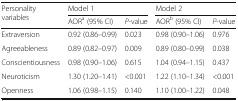
<table><thead><tr><td rowspan="2"><b>Personality variables</b></td><td colspan="2"><b>Model 1</b></td><td colspan="2"><b>Model 2</b></td></tr><tr><td><b>AOR<sup>a</sup> (95% CI)</b></td><td><b><i>P</i>-value</b></td><td><b>AOR<sup>b</sup> (95% CI)</b></td><td><b><i>P</i>-value</b></td></tr></thead><tbody><tr><td>Extraversion</td><td>0.92 (0.86–0.99)</td><td>0.023</td><td>0.98 (0.90–1.06)</td><td>0.976</td></tr><tr><td>Agreeableness</td><td>0.89 (0.82–0.97)</td><td>0.009</td><td>0.89 (0.80–0.99)</td><td>0.038</td></tr><tr><td>Conscientiousness</td><td>0.98 (0.90–1.06)</td><td>0.615</td><td>1.04 (0.94–1.15)</td><td>0.437</td></tr><tr><td>Neuroticism</td><td>1.30 (1.20–1.41)</td><td>&lt;0.001</td><td>1.22 (1.10–1.34)</td><td>&lt;0.001</td></tr><tr><td>Openness</td><td>1.06 (0.98–1.15)</td><td>0.140</td><td>1.10 (1.00–1.22)</td><td>0.048</td></tr></tbody></table>